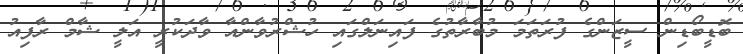
ބޮޑީބޯޑިން ސީޒަންގެ ފުރަތަމަ މުބާރާތުގެ ފައިނަލްގައި ހުޝްރުވާންއާ ވާދަކުރީ އަލީ ޝާމް ރާފިއު